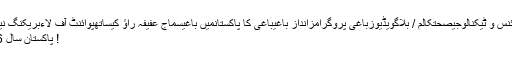
‌ | Baaghi TV, Pakistan تازہ ترینپاکستاندنیاکھیلانٹر ٹینمٹسائنس و ٹیکنالوجیصحتکالم / بلاگویڈیوزباغی پروگرامزانداز باغیباغی کا پاکستانمیں باغیسماج عفیفہ راؤ کیساتھپوائنٹ آف لاءبریکنگ نیوز
Home پاکستان سال 2016 : کیا کھویا کیا پایا !